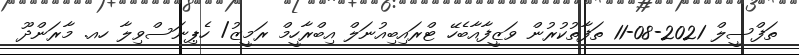
ތަފްސީލް 2021-08-11 ތަފާތުކުރުން ވަޒީފާއާބެހޭ ޓްރައިބިއުނަލް އިބްރާހީމް ރަމީޒު/ ހެޕިނަސްވިލާ ހއ. މާރަންދޫ